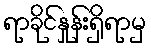
ရာခိုင်နှုန်းရှိရာမှ